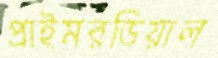
প্রাইমরডিয়াল